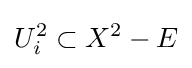
U_{i}^{2}\subset X^{2}-E